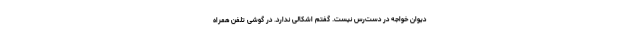
دیوان خواجه در دست‌رس نیست. گفتم اشکالی ندارد. در گوشی تلفن همراه